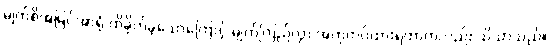
မျက်စိအမြင်အာရုံ ထိခိုက်ခဲ့သောကြောင့် မျက်ကြည်လွှာ အတုတပ်ထားရတာကလည်း သိသာသည်။